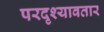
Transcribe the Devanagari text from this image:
परदृश्यावतार